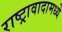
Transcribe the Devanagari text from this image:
राष्ट्रावादामध्ये